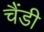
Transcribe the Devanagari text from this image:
चैंडी